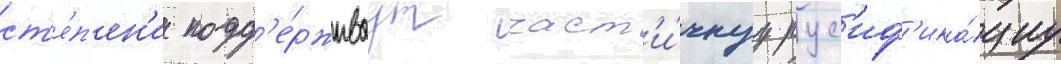
ст'е́п'ен'и подд'е́рживаут част'и́чнуу рус'иф'ика́циу